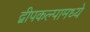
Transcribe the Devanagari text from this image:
द्वीपकल्पामध्ये